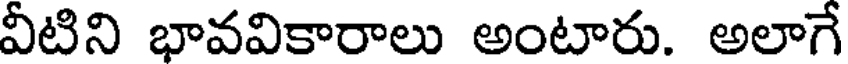
వీటిని భావవికారాలు అంటారు. అలాగే